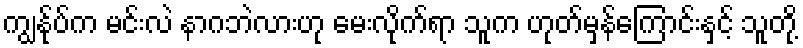
ကျွန်ုပ်က မင်းလဲ နာဂဘဲလားဟု မေးလိုက်ရာ သူက ဟုတ်မှန်ကြောင်းနှင့် သူတို့